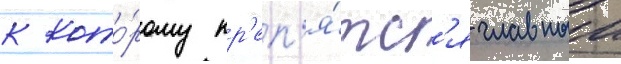
к кото́рому кр'еп'я́тс'я главныи